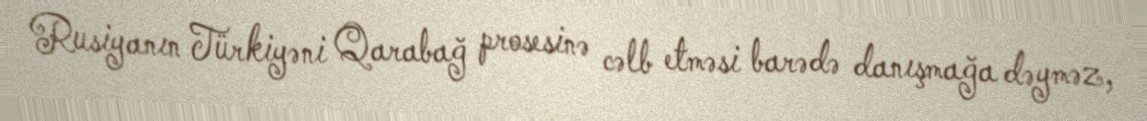
Rusiyanın Türkiyəni Qarabağ prosesinə cəlb etməsi barədə danışmağa dəyməz,